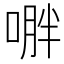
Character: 𱓟